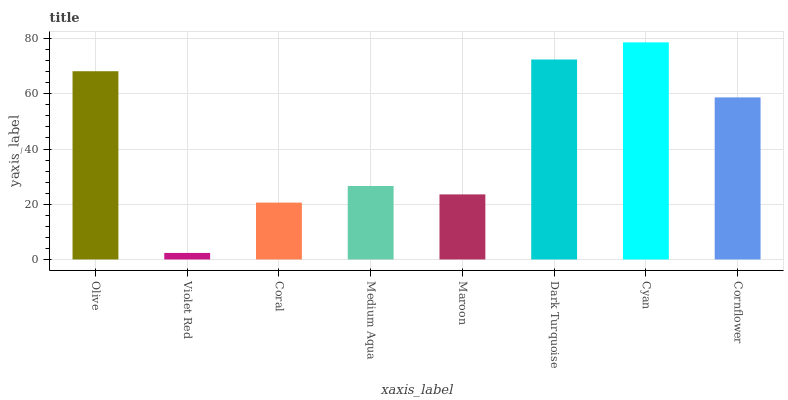
| xaxis_label | bars |
 | --- | --- |
 | Olive | 68.2 |
 | Violet Red | 2.36 |
 | Coral | 20.6 |
 | Medium Aqua | 26.6 |
 | Maroon | 23.6 |
 | Dark Turquoise | 72.4 |
 | Cyan | 78.6 |
 | Cornflower | 58.7 |